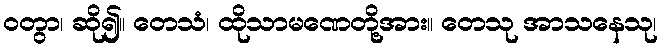
ဝတွာ၊ ဆို၍။ တေသံ၊ ထိုသာမဏေတို့အား။ တေသု အာသနေသု၊